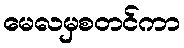
မေလမှစတင်ကာ